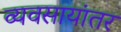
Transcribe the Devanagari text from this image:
व्यवसायांतर